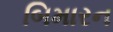
બિમારન